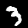
Label: 3